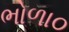
ભોળા૦